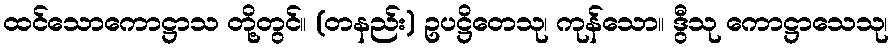
ထင်သောကောဋ္ဌာသ တို့တွင်။ (တနည်း) ဥပဋ္ဌိတေသု၊ ကုန်သော။ ဒွီသု ကောဋ္ဌာသေသု၊